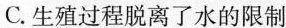
C.生殖过程脱离了水的限制